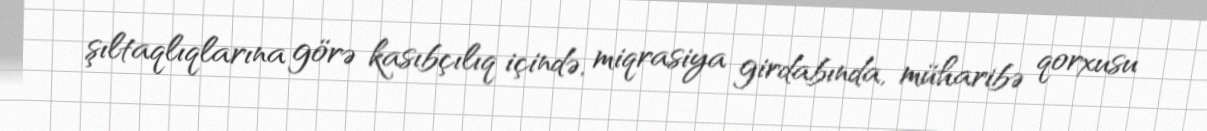
şıltaqlıqlarına görə kasıbçılıq içində, miqrasiya girdabında, müharibə qorxusu